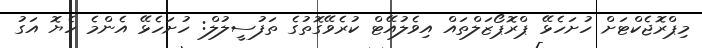
މިޕްރޮޖެކްޓަށް ހުށަހެޅޭ ޕްރޮޕޯޒަލްތައް އިވެލުއޭޓް ކުރެވޭގޮތުގެ ތަފުސީލުލް: ހުށަހެޅޭ އެންމެ ހެޔޮ އަގު